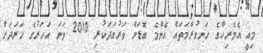
މިއީ އެމެރިކާގެ ހަނގުރާމަތައް އެންމެ ބޮޑަށް ވަރުގަދަކުރި 2010 ވަނަ އަހަރުގެ ހަރަދަށް